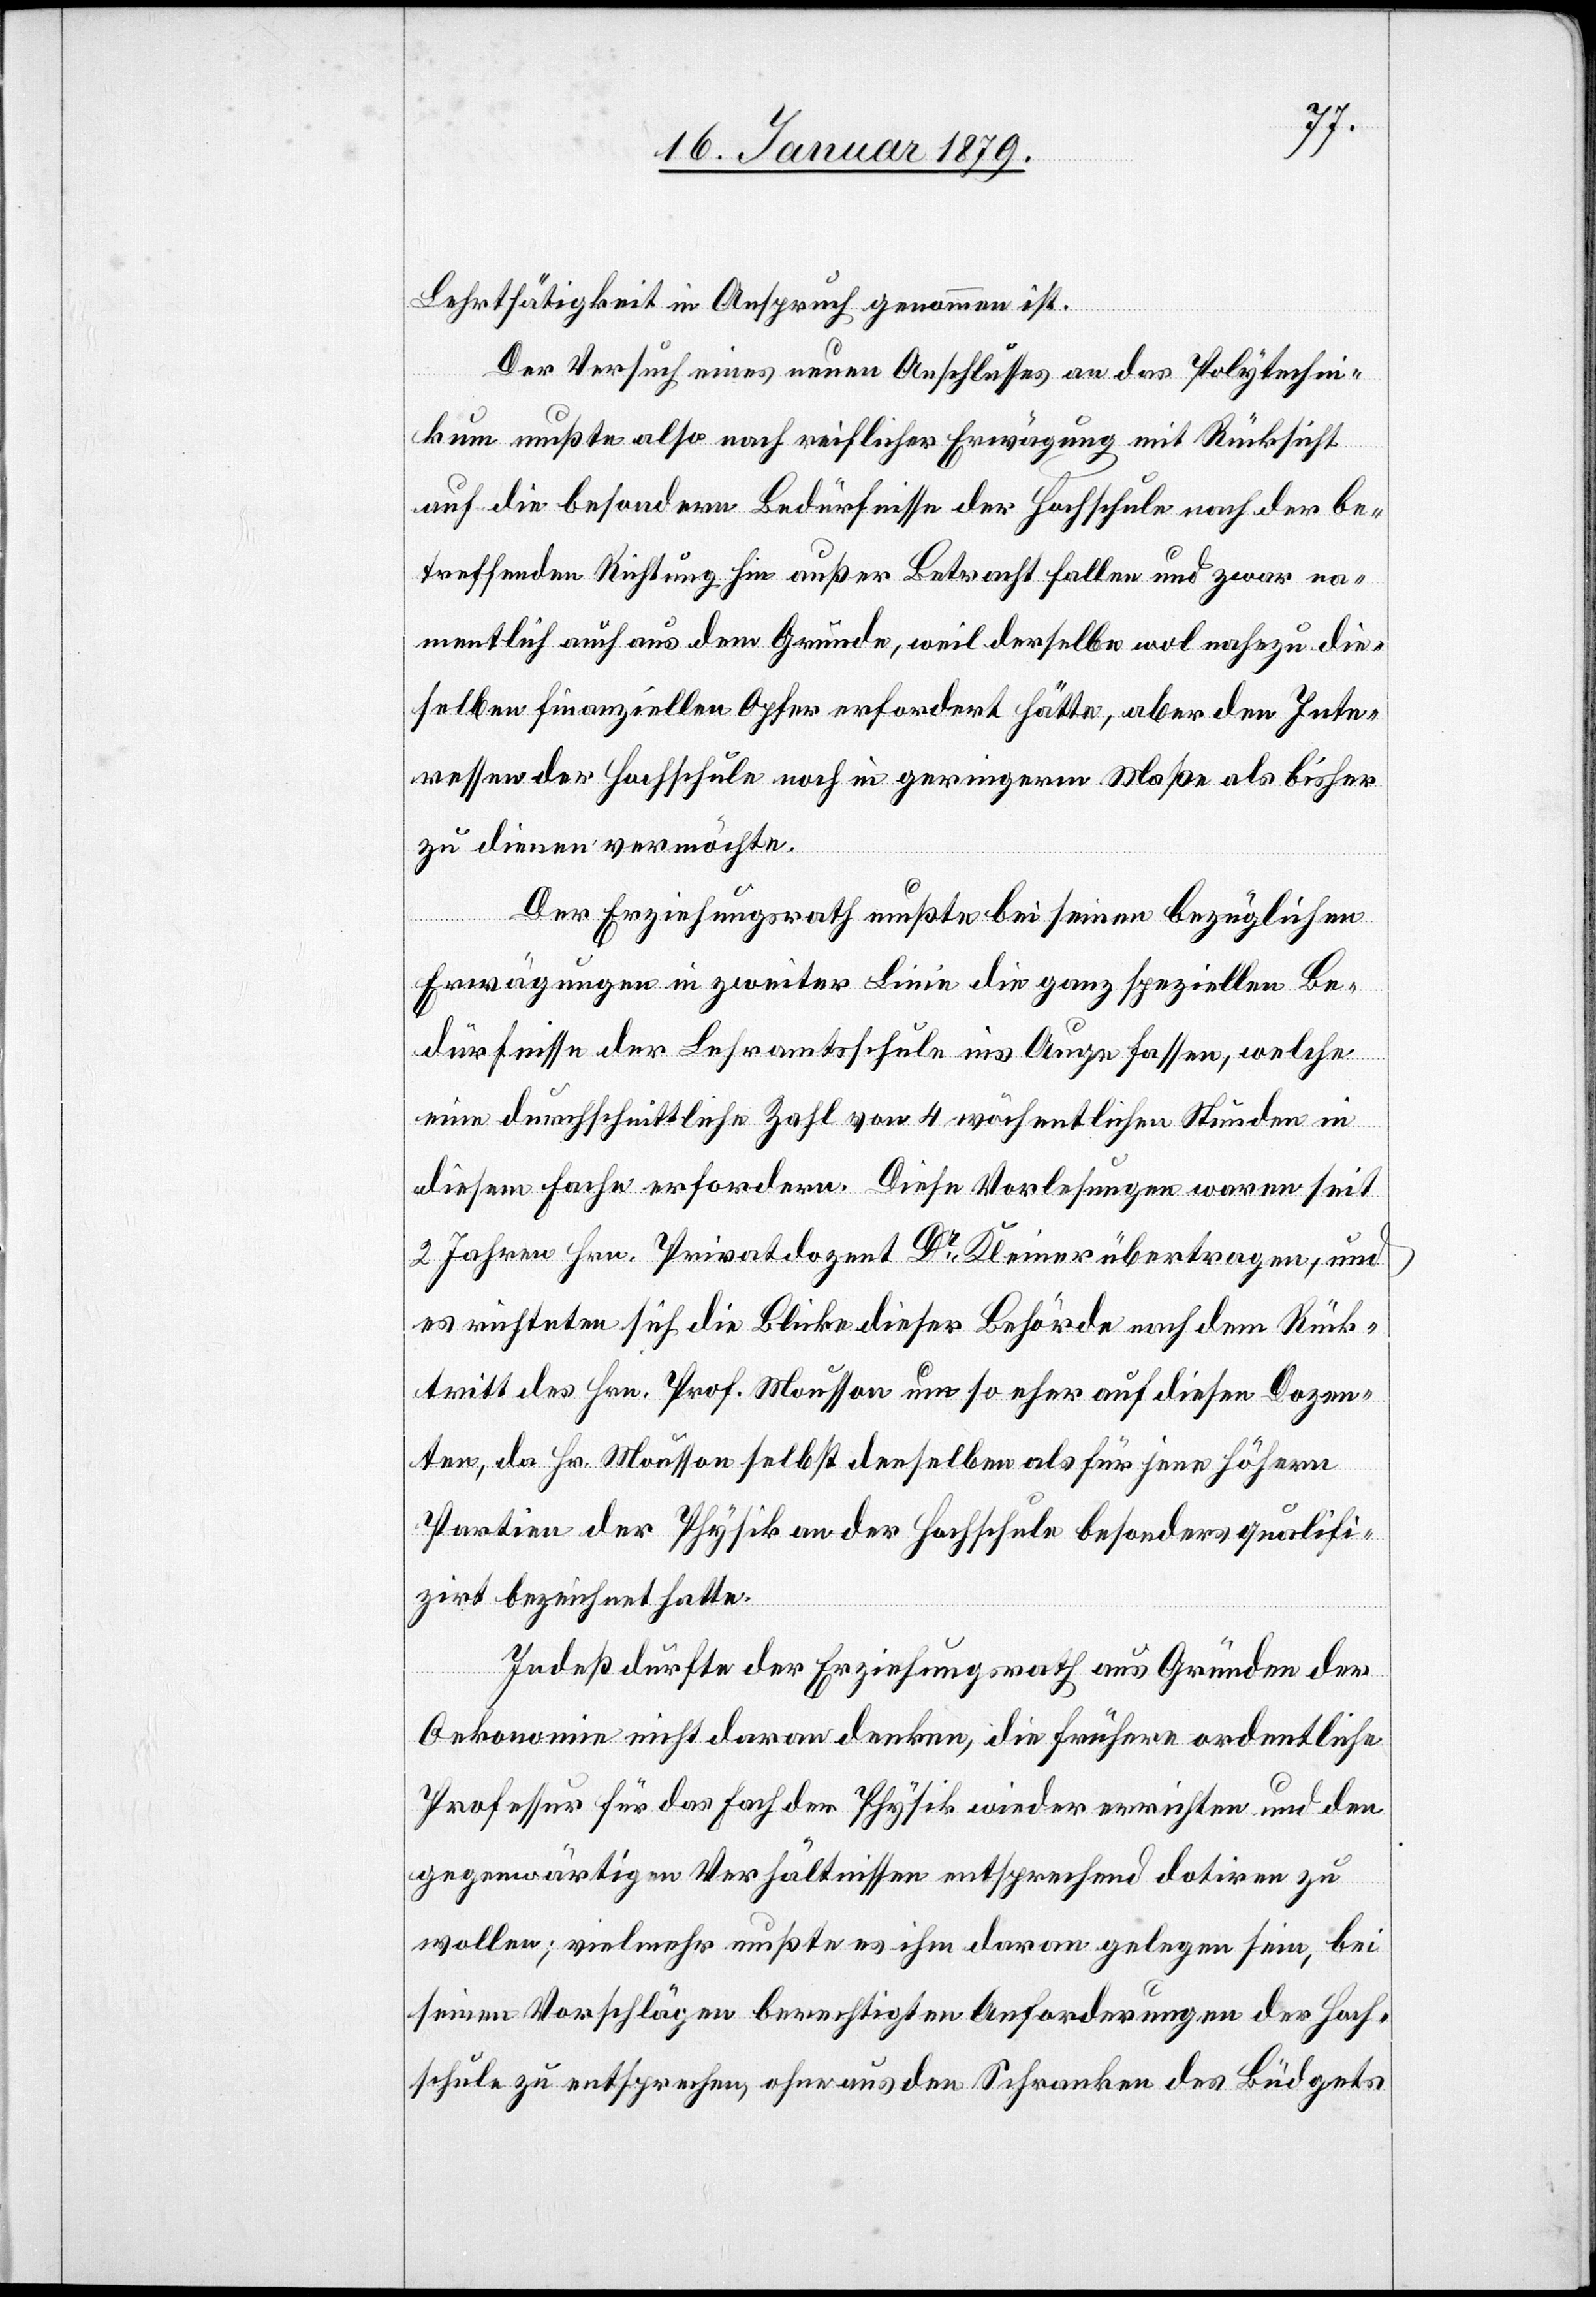
Lehrtätigkeit in Anspruch genommen wird.
Der Versuch eines neuen Anschlusses an das Polytechni¬
kum mußte also nach reiflicher Erwägung mit Rücksicht
auf die besondern Bedürfnisse der Hochschule nach der be¬
treffenden Richtung hin außer Betracht fallen und zwar na¬
mentlich auch aus dem Grunde, weil derselbe wol nahezu die¬
selben finanziellen Opfer erfordert hätte, aber den Inte¬
ressen der Hochschule noch in geringerm Maße als bisher
zu dienen vermöchte.
Der Erziehungsrath mußte bei seinen bezüglichen
Erwägungen in zweiter Linie die ganz speziellen Be¬
dürfnisse der Lehramtsschule ins Auge fassen, welche
eine durchschnittliche Zahl von 4 wöchentlichen Stunden in
diesem Fache erfordern. Diese Vorlesungen waren seit
2 Jahren Hrn. Privatdozent Dr Kleiner übertragen, und
es richteten sich die Blicke dieser Behörde nach dem Rück¬
tritt des Hrn. Prof. Mousson um so eher auf diesen Dozen¬
ten, da Hr. Mousson selbst denselben als für jene höhern
Partien der Physik an der Hochschule besonders qualifi¬
zirt bezeichnet hatte.
Indeß durfte der Erziehungsrath aus Gründen der
Oekonomie nicht daran denken, die frühere ordentliche
Professur für das Fach der Physik wieder errichten und den
gegenwärtigen Verhältnissen entsprechend dotiren zu
wollen; vielmehr mußte es ihm daran gelegen sein, bei
seinen Vorschlägen berechtigten Anforderungen der Hoch¬
schule zu entsprechen, ohne aus den Schranken des Büdgets